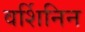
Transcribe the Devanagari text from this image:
वर्शिनिन